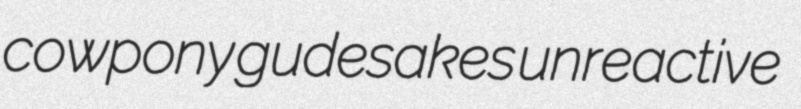
cowpony gudesakes unreactive